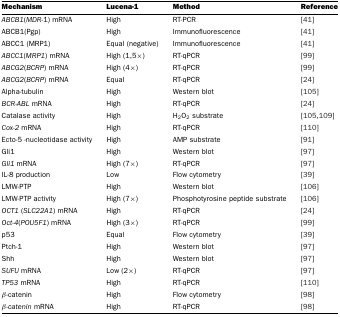
<table><thead><tr><td><b>Mechanism</b></td><td><b>Lucena-1</b></td><td><b>Method</b></td><td><b>Reference</b></td></tr></thead><tbody><tr><td><i>ABCB1</i>(<i>MDR-</i>1) mRNA</td><td>High</td><td>RT-PCR</td><td>[41]</td></tr><tr><td>ABCB1(Pgp)</td><td>High</td><td>Immunofluorescence</td><td>[41]</td></tr><tr><td>ABCC1 (MRP1)</td><td>Equal (negative)</td><td>Immunofluorescence</td><td>[41]</td></tr><tr><td><i>ABCC1</i>(<i>MRP1</i>) mRNA</td><td>High (1,5×)</td><td>RT-qPCR</td><td>[99]</td></tr><tr><td><i>ABCG2</i>(<i>BCRP</i>) mRNA</td><td>High (4×)</td><td>RT-qPCR</td><td>[99]</td></tr><tr><td><i>ABCG2</i>(<i>BCRP</i>) mRNA</td><td>Equal</td><td>RT-qPCR</td><td>[24]</td></tr><tr><td>Alpha-tubulin</td><td>High</td><td>Western blot</td><td>[105]</td></tr><tr><td><i>BCR-ABL</i> mRNA</td><td>High</td><td>RT-qPCR</td><td>[24]</td></tr><tr><td>Catalase activity</td><td>High</td><td>H<sub>2</sub>O<sub>2</sub> substrate</td><td>[105,109]</td></tr><tr><td><i>Cox-2</i> mRNA</td><td>High</td><td>RT-qPCR</td><td>[110]</td></tr><tr><td>Ecto-5 -nucleotidase activity</td><td>High</td><td>AMP substrate</td><td>[91]</td></tr><tr><td>Gli1</td><td>High</td><td>Western blot</td><td>[97]</td></tr><tr><td><i>Gli1</i> mRNA</td><td>High (7×)</td><td>RT-qPCR</td><td>[97]</td></tr><tr><td>IL-8 production</td><td>Low</td><td>Flow cytometry</td><td>[39]</td></tr><tr><td>LMW-PTP</td><td>High</td><td>Western blot</td><td>[106]</td></tr><tr><td>LMW-PTP activity</td><td>High (7×)</td><td>Phosphotyrosine peptide substrate</td><td>[106]</td></tr><tr><td><i>OCT1</i> (<i>SLC22A1</i>) mRNA</td><td>High</td><td>RT-qPCR</td><td>[24]</td></tr><tr><td><i>Oct-4</i>(<i>POU5F1</i>) mRNA</td><td>High (3×)</td><td>RT-qPCR</td><td>[99]</td></tr><tr><td>p53</td><td>Equal</td><td>Flow cytometry</td><td>[39]</td></tr><tr><td>Ptch-1</td><td>High</td><td>Western blot</td><td>[97]</td></tr><tr><td>Shh</td><td>High</td><td>Western blot</td><td>[97]</td></tr><tr><td><i>SUFU</i> mRNA</td><td>Low (2×)</td><td>RT-qPCR</td><td>[97]</td></tr><tr><td><i>TP53</i> mRNA</td><td>High</td><td>RT-qPCR</td><td>[110]</td></tr><tr><td>β-catenin</td><td>High</td><td>Flow cytometry</td><td>[98]</td></tr><tr><td><i>β-catenin</i> mRNA</td><td>High</td><td>RT-qPCR</td><td>[98]</td></tr></tbody></table>